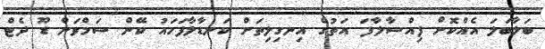
ބަލާބަލަ އެއްކޮށް ފިއްސާލާފަ އަތުގެ އިނގިލިތަށް ކަނޑާލާފަހައު ކޭން ސަމްވަން ޑޫ ދެޓް